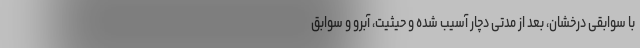
با سوابقی درخشان، بعد از مدتی دچار آسیب شده و حیثیت، آبرو و سوابق